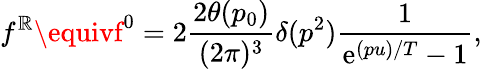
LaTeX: f^{\mathbb{R}}\equivf^{0}=2\frac{{2\theta(p_{0})}}{{(2\pi)^{3}}}\delta(p^{2})\frac{{1}}{{\mathrm{{e}}^{(pu)/T}-1}},